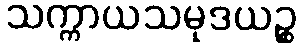
သက္ကာယသမုဒယဉ္စ